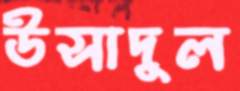
উসাদুল